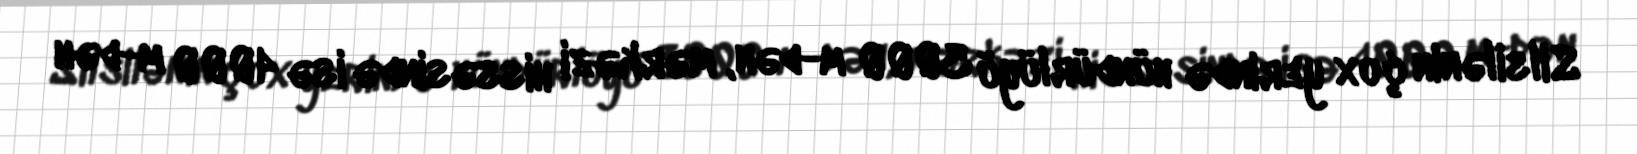
Silsilənin çox yerində hündürlüyü 3000 m-dən, mərkəzi hissəsində isə 4000 m-dən